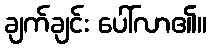
ချက်ချင်း ပေါ်လာ၏။